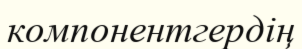
компонентгердің